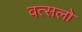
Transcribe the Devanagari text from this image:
वत्सलो